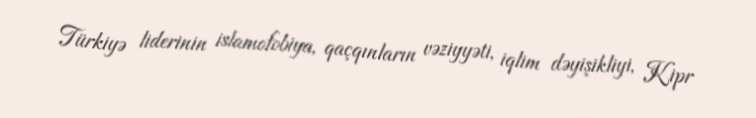
Türkiyə liderinin islamofobiya, qaçqınların vəziyyəti, iqlim dəyişikliyi, Kipr